Vaccination returns of the Province of Eastern Bengal and Assam - 1905-1912
Year: 1905
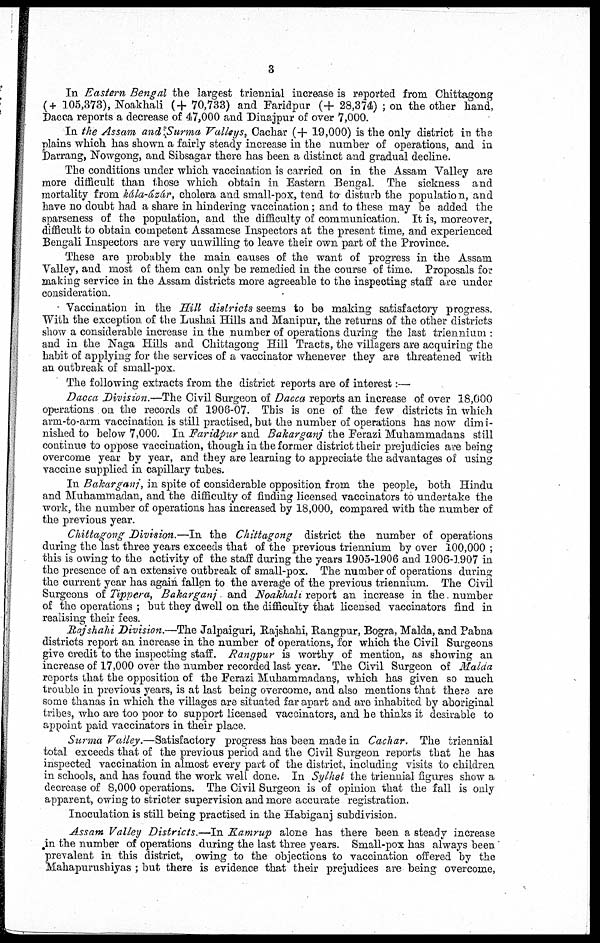
3
In Eastern Bengal the largest triennial increase is reported from Chittagong
(+ 105,373), Noakhali (+ 70,733) and Faridpur (+ 28,374) ; on the other hand,
Dacca reports a decrease of 47,000 and Dinajpur of over 7,000.
In the Assam and Surma Valleys, Cachar (+ 19,000) is the only district in the
plains which has shown a fairly steady increase in the number of operations, and in
Darrang, Nowgong, and Sibsagar there has been a distinct and gradual decline.
The conditions under which vaccination is carried on in the Assam Valley are
more difficult than those which obtain in Eastern Bengal. The sickness and
mortality from kála-ázár, cholera and small-pox, tend to disturb the population, and
have no doubt had a share in hindering vaccination; and to these may be added the
sparseness of the population, and the difficulty of communication. It is, moreover,
difficult to obtain competent Assamese Inspectors at the present time, and experienced
Bengali Inspectors are very unwilling to leave their own part of the Province.
These are probably the main causes of the want of progress in the Assam
Valley, and most of them can only be remedied in the course of time. Proposals for
making service in the Assam districts more agreeable to the inspecting staff are under
consideration.
Vaccination in the Hill districts seems to be making satisfactory progress.
With the exception of the Lushai Hills and Manipur, the returns of the other districts
show a considerable increase in the number of operations during the last triennium :
and in the Naga Hills and Chittagong Hill Tracts, the villagers are acquiring the
habit of applying for the services of a vaccinator whenever they are threatened with
an outbreak of small-pox.
The following extracts from the district reports are of interest:—
Dacca Division.—The Civil Surgeon of Dacca reports an increase of over 18,000
operations on the records of 1906-07. This is one of the few districts in which
arm-to-arm vaccination is still practised, but the number of operations has now dimi-
nished to below 7,000. In Faridpur and Bakarganj the Ferazi Muhammadans still
continue to oppose vaccination, though in the former district their prejudicies are being
overcome year by year, and they are learning to appreciate the advantages of using
vaccine supplied in capillary tubes.
In Bakarganj, in spite of considerable opposition from the people, both Hindu
and Muhammadan, and the difficulty of finding licensed vaccinators to undertake the
work, the number of operations has increased by 18,000, compared with the number of
the previous year.
Chittagong Division.—In the Chittagong district the number of operations
during the last three years exceeds that of the previous triennium by over 100,000 ;
this is owing to the activity of the staff during the years 1905-1906 and 1906-1907 in
the presence of an extensive outbreak of small-pox. The number of operations during
the current year has again fallen to the average of the previous triennium. The Civil
Surgeons of Tippera, Bakarganj and Noakhali report an increase in the number
of the operations ; but they dwell on the difficulty that licensed vaccinators find in
realising their fees.
Rajshahi Division.—The Jalpaiguri, Rajshahi, Rangpur, Bogra, Malda, and Pabna
districts report an increase in the number of operations, for which the Civil Surgeons
give credit to the inspecting staff. Rangpur is worthy of mention, as showing an
increase of 17,000 over the number recorded last year. The Civil Surgeon of Malda
reports that the opposition of the Ferazi Muhammadans, which has given so much
trouble in previous years, is at last being overcome, and also mentions that there are
some thanas in which the villages are situated far apart and are inhabited by aboriginal
tribes, who are too poor to support licensed vaccinators, and he thinks it desirable to
appoint paid vaccinators in their place.
Surma Valley.—Satisfactory progress has been made in Cachar. The triennial
total exceeds that of the previous period and the Civil Surgeon reports that he has
inspected vaccination in almost every part of the district, including visits to children
in schools, and has found the work well done. In Sylhet the triennial figures show a
decrease of 8,000 operations. The Civil Surgeon is of opinion that the fall is only
apparent, owing to stricter supervision and more accurate registration.
Inoculation is still being practised in the Habiganj subdivision.
Assam Valley Districts.—In Kamrup alone has there been a steady increase
in the number of operations during the last three years. Small-pox has always been
prevalent in this district, owing to the objections to vaccination offered by the
Mahapurushiyas ; but there is evidence that their prejudices are being overcome,